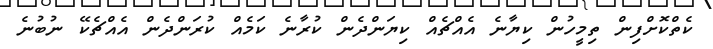
ކެތްކޮށްފިން ތިމީހުން ކިޔާނެ އެއްޗެއް ކިޔަންދެން ކުރާނެ ކަމެއް ކުރަންދެން އެއްޗެކޭ ނުބުނެ